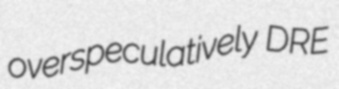
overspeculatively DRE